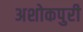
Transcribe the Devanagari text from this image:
अशोकपुरी